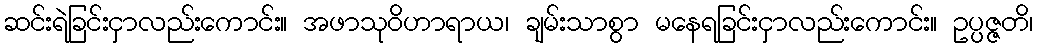
ဆင်းရဲခြင်းငှာလည်းကောင်း။ အဖာသုဝိဟာရာယ၊ ချမ်းသာစွာ မနေရခြင်းငှာလည်းကောင်း။ ဥပ္ပဇ္ဇတိ၊